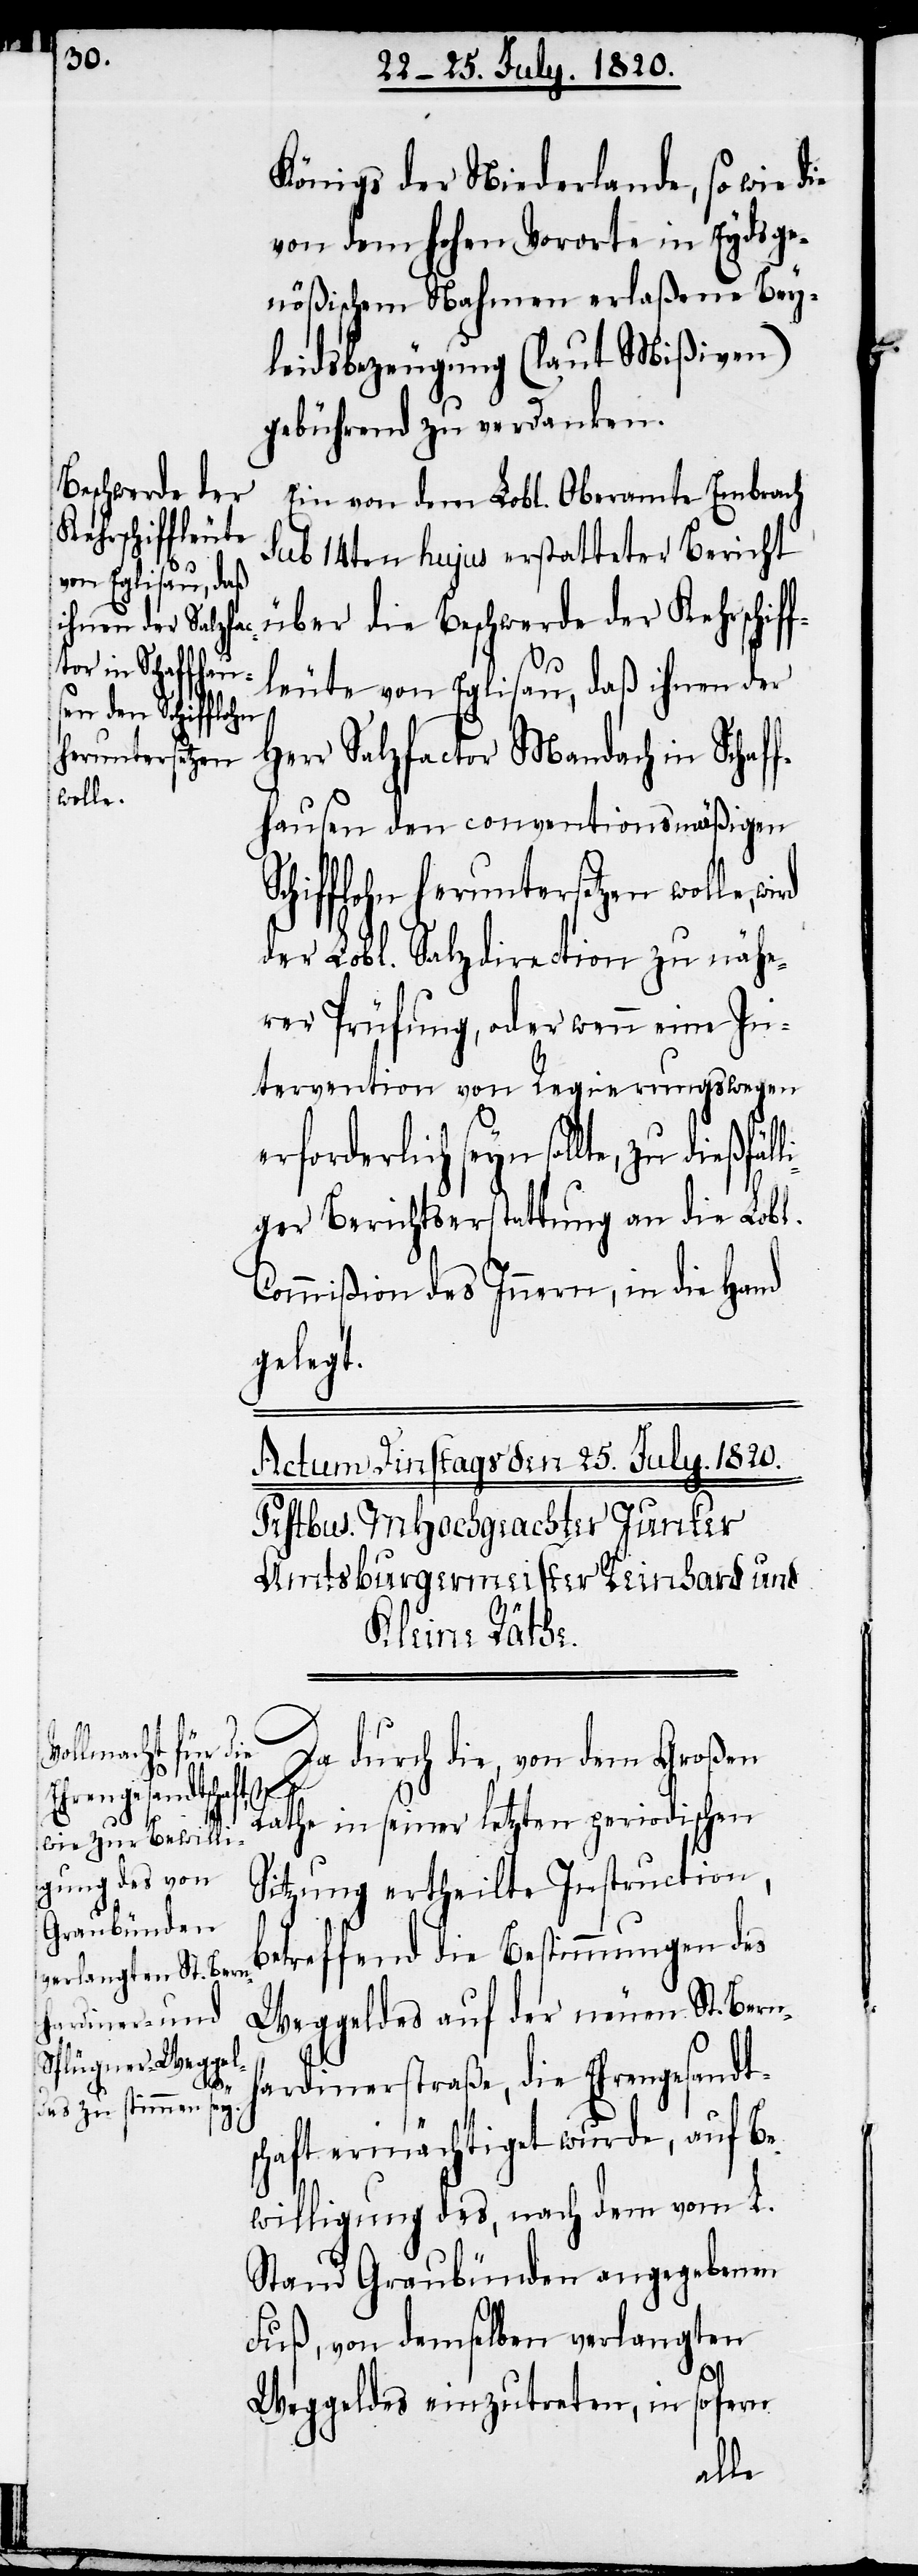
Königs der Niederlande, so wie die
von dem hohen Vororte in Eydsge¬
nößischem Nahmen erlaßene Bey¬
leidsbezeugung (laut Mißiven)
gebührend zu verdanken.
Beschwerde der
Ein von dem Lobl. Oberamte Embrach
Kehrschiff¬
sub 14ten hujus erstatteter Bericht
leute von Eglisau, daß ihnen der
Herr Salzfactor Mandach in Schaf¬
fhausen den conventionsmäßigen
Schifflohn heruntersetzen wolle,
der Lobl. Salzdirection zu nähe¬
rer Prüfung, oder wenn eine In¬
tervention von Regierungswegen
erforderlich seyn sollte, zu dießfä¬
ger Berichtserstattung an die Lobl.
Commißion des Innern, in die Hand
gelegt.
Da durch die, von dem Großen
die
Rathe in seiner letzten periodischen
Sitzung ertheilte Instruction,
betreffend die Bestimmungen des
Weggeldes auf der neuen St. Bern¬
hardinerstraße, die Ehrengesandt¬
lli¬
schaft ermächtiget wurde, auf Be¬
willigung des, nach dem vom L.
Stand Graubünden angegebenen
Fuß, von demselben verlangten
Weggeldes einzutreten, in sofern